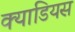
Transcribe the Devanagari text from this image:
क्याडियस